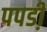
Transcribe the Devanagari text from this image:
पपडी़